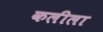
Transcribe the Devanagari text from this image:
कलीला